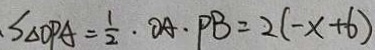
S _ { \Delta O P A } = \frac { 1 } { 2 } \cdot O A \cdot P B = 2 ( - x + 6 )